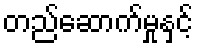
တည်ဆောက်မှုနှင့်